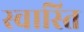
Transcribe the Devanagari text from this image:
स्‍वास्‍ति